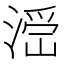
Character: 𣺧